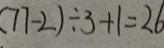
( 7 7 - 2 ) \div 3 + 1 = 2 6